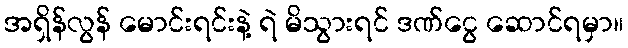
အရှိန်လွန် မောင်းရင်းနဲ့ ရဲ မိသွားရင် ဒဏ်ငွေ ဆောင်ရမှာ။